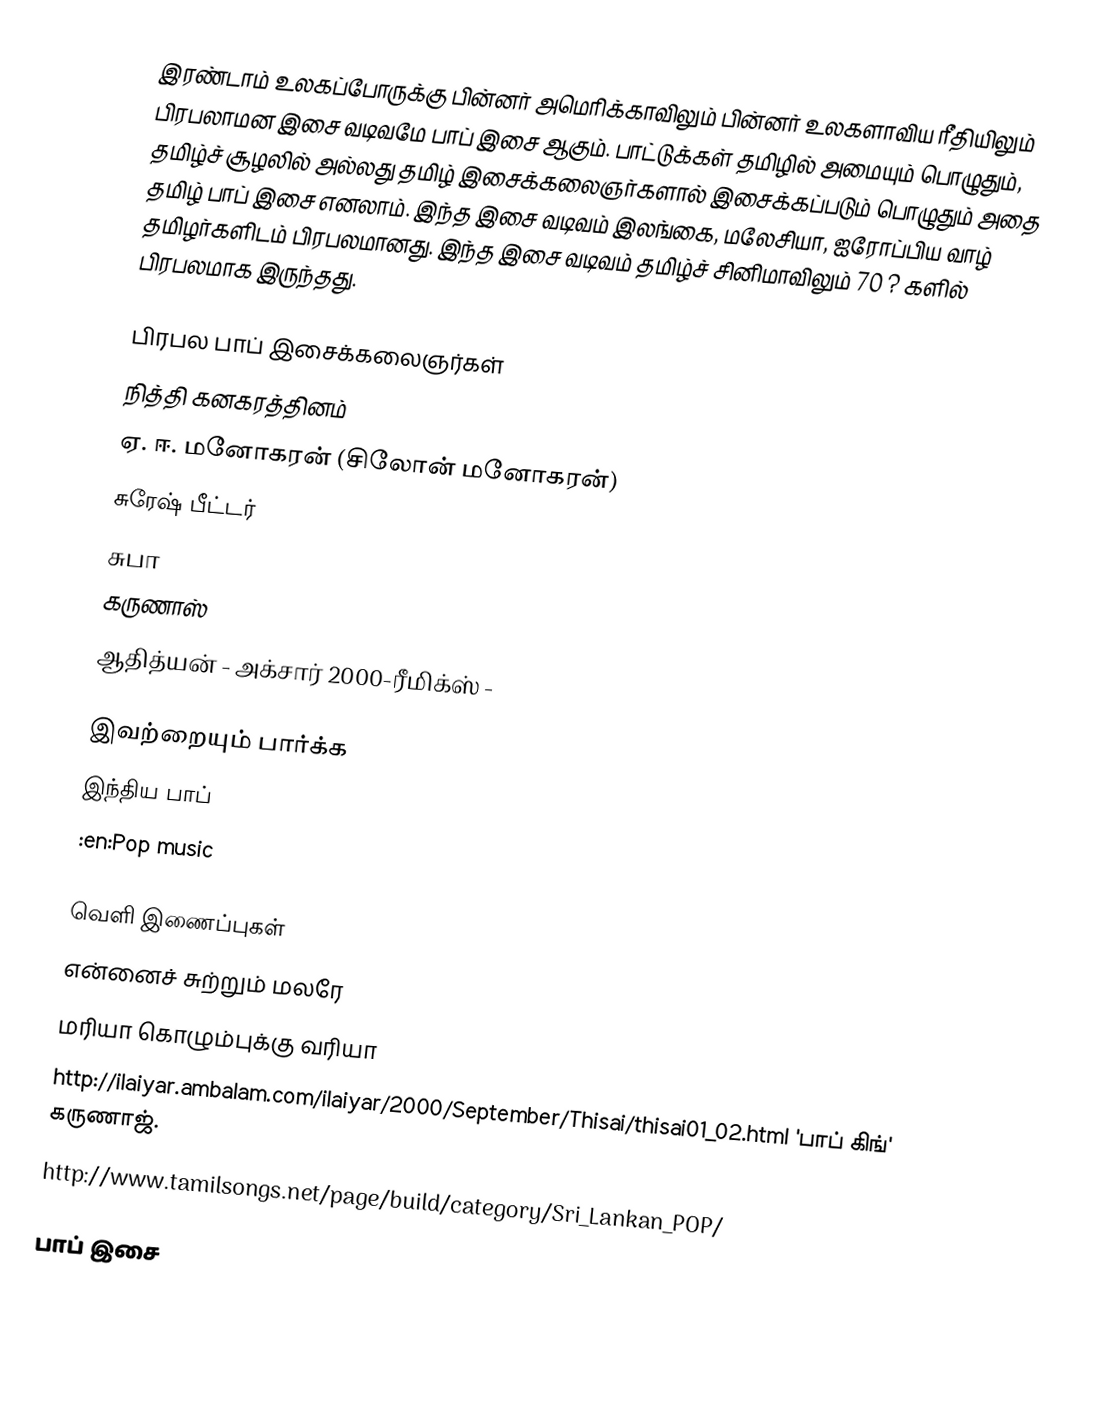
இரண்டாம் உலகப்போருக்கு பின்னர் அமெரிக்காவிலும் பின்னர் உலகளாவிய ரீதியிலும் பிரபலாமன இசை வடிவமே பாப் இசை ஆகும். பாட்டுக்கள் தமிழில் அமையும் பொழுதும், தமிழ்ச் சூழலில் அல்லது தமிழ் இசைக்கலைஞர்களால் இசைக்கப்படும் பொழுதும் அதை தமிழ் பாப் இசை எனலாம்.  இந்த இசை வடிவம் இலங்கை, மலேசியா, ஐரோப்பிய வாழ் தமிழர்களிடம் பிரபலமானது.  இந்த இசை வடிவம் தமிழ்ச் சினிமாவிலும் 70 ? களில் பிரபலமாக இருந்தது.

பிரபல பாப் இசைக்கலைஞர்கள்
 நித்தி கனகரத்தினம்
 ஏ. ஈ. மனோகரன் (சிலோன் மனோகரன்)
 சுரேஷ் பீட்டர்
 சுபா
 கருணாஸ்
 ஆதித்யன் - அக்சார் 2000-ரீமிக்ஸ் -

இவற்றையும் பார்க்க
 இந்திய பாப்
 :en:Pop music

வெளி இணைப்புகள்
 என்னைச் சுற்றும் மலரே
 மரியா கொழும்புக்கு வரியா
 http://ilaiyar.ambalam.com/ilaiyar/2000/September/Thisai/thisai01_02.html 'பாப் கிங்' கருணாஜ்.
 http://www.tamilsongs.net/page/build/category/Sri_Lankan_POP/

பாப் இசை